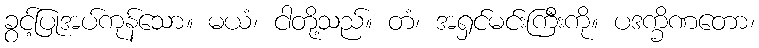
ခွင့်ပြုအပ်ကုန်သော။ မယံ၊ ငါတို့သည်။ တံ၊ အရှင်မင်းကြီးကို။ ပဒက္ခိဏတော၊